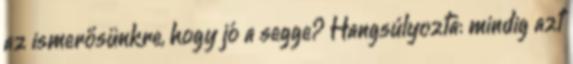
az ismerősünkre, hogy jó a segge? Hangsúlyozta: mindig azt